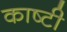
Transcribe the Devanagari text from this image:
काष्टी